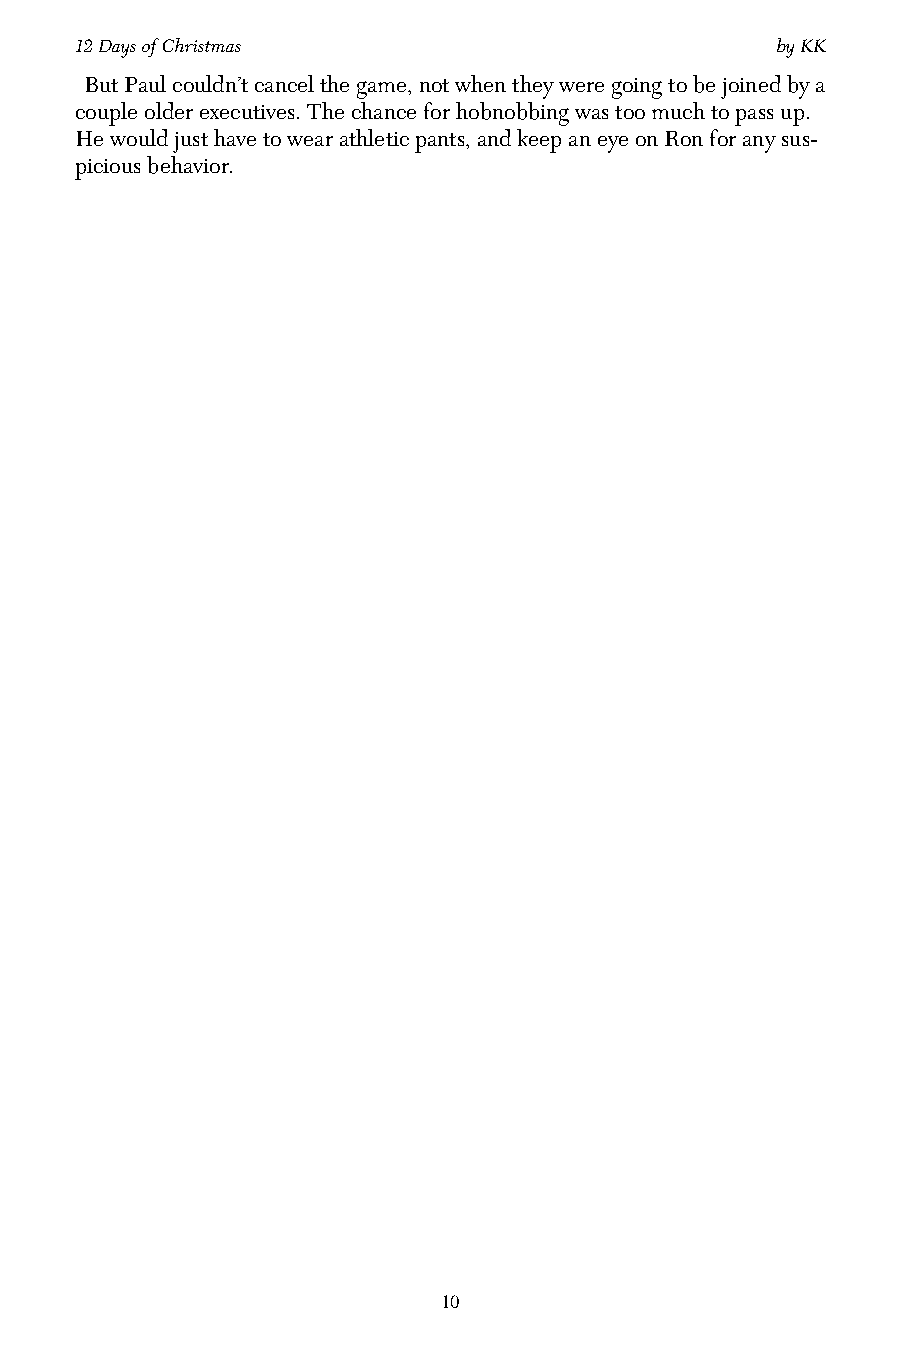
12 Days of Christmas                          by KK
 But Paul couldn’t cancel the game, not when they were going to be joined by a
 couple older executives. The chance for hobnobbing was too much to pass up.
 He would just have to wear athletic pants, and keep an eye on Ron for any sus-
 picious behavior.
 10